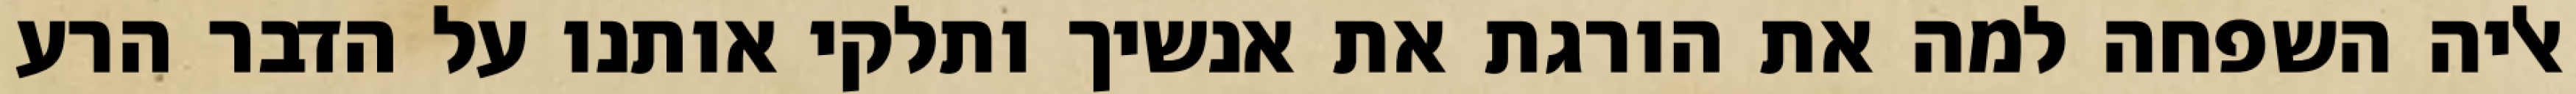
אליה השפחה למה את הורגת את אנשיך ותלקי אותנו על הדבר הרע